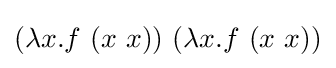
(\lambda x.f\ (x\ x))\ (\lambda x.f\ (x\ x))